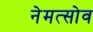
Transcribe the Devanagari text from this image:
नेमत्सोव